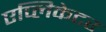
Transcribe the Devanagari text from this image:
एप्लिकेटर